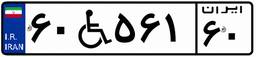
۴۱W۰۷۶۰۴